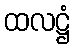
ထလဋ္ဌံ